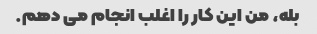
بله، من این کار را اغلب انجام می دهم.